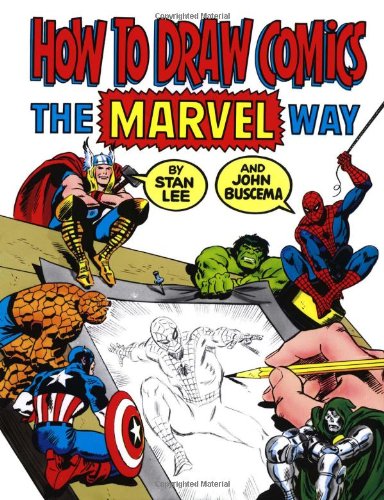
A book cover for How To Draw Comics The Marvel Way; Stan Lee; Comics & Graphic Novels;